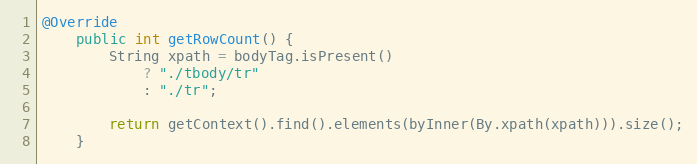
Language: Java
@Override
    public int getRowCount() {
        String xpath = bodyTag.isPresent()
            ? "./tbody/tr"
            : "./tr";

        return getContext().find().elements(byInner(By.xpath(xpath))).size();
    }